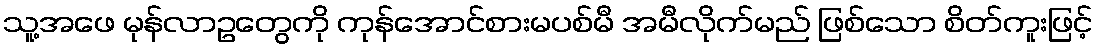
သူ့အဖေ မုန်လာဥတွေကို ကုန်အောင်စားမပစ်မီ အမီလိုက်မည် ဖြစ်သော စိတ်ကူးဖြင့်